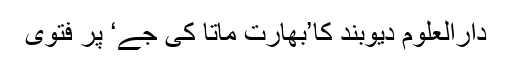
دارالعلوم دیوبند کا’بھارت ماتا کی جے‘ پر فتویٰ